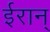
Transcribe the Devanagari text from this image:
ईरान्